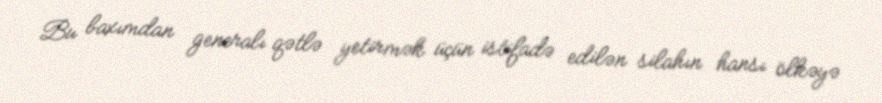
Bu baxımdan generalı qətlə yetirmək üçün istifadə edilən silahın hansı ölkəyə